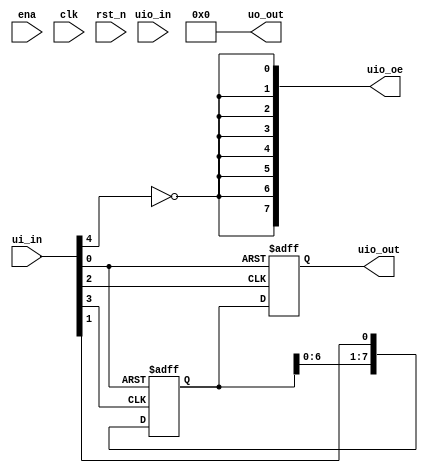
module tt_um_ttl74hc595_v2 (
    input  wire [7:0] ui_in,    // Dedicated inputs - connected to the input switches
    output wire [7:0] uo_out,   // Dedicated outputs - connected to the 7 segment display
    input  wire [7:0] uio_in,   // IOs: Bidirectional Input path
    output wire [7:0] uio_out,  // IOs: Bidirectional Output path
    output wire [7:0] uio_oe,   // IOs: Bidirectional Enable path (active high: 0=input, 1=output)
    input  wire       ena,      // will go high when the design is enabled
    input  wire       clk,      // clock
    input  wire       rst_n     // reset_n - low to reset
);

  reg [7:0] shift_reg;
  reg [7:0] storage_reg;

  wire sclrn;
  wire ser;
  wire rck;
  wire srck;
  wire G;
  wire [7:0] q;
  wire oe = !G;
  wire [7:0] in;

  assign {G, srck, rck, ser, sclrn} = ui_in[4:0];
  assign uo_out = 8'b0;

  assign uio_oe = {8{oe}};
  assign in = uio_in;
  assign uio_out = q;

  always @(negedge srck or negedge sclrn) begin
    if (!sclrn) begin
      shift_reg <= 8'b0;
    end else begin
      shift_reg <= {shift_reg[6:0], ser};
    end
  end

  always @(negedge rck or negedge sclrn) begin
    if (!sclrn) begin
      storage_reg <= 0;
    end else begin
      storage_reg <= shift_reg;
    end
  end

  assign q = storage_reg;

endmodule